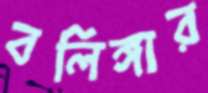
বলিঙ্গার